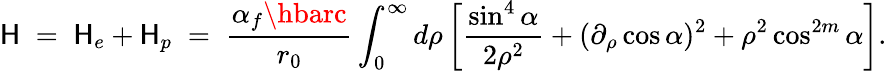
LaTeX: \mathsf{H}\; =\; \mathsf{H}_{e}+\mathsf{H}_{p}\; =\; \frac{{\alpha_{f}\hbarc}}{{r_{0}}}\int_{0}^{\infty}{d\rho}\left[\frac{{\sin^{4}\alpha}}{{2\rho^{2}}}+(\partial_{\rho}\cos\alpha)^{2}+\rho^{2}\cos^{2m}\alpha\right].